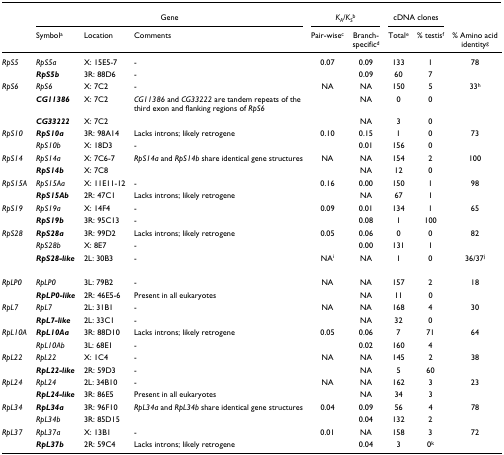
<table><thead><tr><td></td><td colspan="3"><b>Gene</b></td><td colspan="2"><b><i>K</i><sub><i>A</i></sub><i>/K</i><sub><i>S</i></sub><sup>b</sup></b></td><td colspan="2"><b>cDNA clones</b></td><td></td></tr><tr><td></td><td><b>Symbol<sup>a</sup></b></td><td><b>Location</b></td><td><b>Comments</b></td><td><b>Pair-wise<sup>c</sup></b></td><td><b>Branch-specific<sup>d</sup></b></td><td><b>Total<sup>e</sup></b></td><td><b>% testis<sup>f</sup></b></td><td><b>% Amino acid identity<sup>g</sup></b></td></tr></thead><tbody><tr><td><i>RpS5</i></td><td><i>RpS5a</i></td><td>X: 15E5-7</td><td>-</td><td>0.07</td><td>0.09</td><td>133</td><td>1</td><td>78</td></tr><tr><td></td><td><b><i>RpS5b</i></b></td><td>3R: 88D6</td><td>-</td><td></td><td>0.09</td><td>60</td><td>7</td><td></td></tr><tr><td><i>RpS6</i></td><td><i>RpS6</i></td><td>X: 7C2</td><td>-</td><td>NA</td><td>NA</td><td>150</td><td>5</td><td>33<sup>h</sup></td></tr><tr><td></td><td><b><i>CG11386</i></b></td><td>X: 7C2</td><td><i>CG11386 </i>and <i>CG33222 </i>are tandem repeats of the third exon and flanking regions of <i>RpS6</i></td><td></td><td>NA</td><td>0</td><td>0</td><td></td></tr><tr><td></td><td><b><i>CG33222</i></b></td><td>X: 7C2</td><td></td><td></td><td>NA</td><td>3</td><td>0</td><td></td></tr><tr><td><i>RpS10</i></td><td><b><i>RpS10a</i></b></td><td>3R: 98A14</td><td>Lacks introns; likely retrogene</td><td>0.10</td><td>0.15</td><td>1</td><td>0</td><td>73</td></tr><tr><td></td><td><i>RpS10b</i></td><td>X: 18D3</td><td>-</td><td></td><td>0.01</td><td>156</td><td>0</td><td></td></tr><tr><td><i>RpS14</i></td><td><i>RpS14a</i></td><td>X: 7C6-7</td><td><i>RpS14a </i>and <i>RpS14b </i>share identical gene structures</td><td>NA</td><td>NA</td><td>154</td><td>2</td><td>100</td></tr><tr><td></td><td><b><i>RpS14b</i></b></td><td>X: 7C8</td><td></td><td></td><td>NA</td><td>12</td><td>0</td><td></td></tr><tr><td><i>RpS15A</i></td><td><i>RpS15Aa</i></td><td>X: 11E11-12</td><td>-</td><td>0.16</td><td>0.00</td><td>150</td><td>1</td><td>98</td></tr><tr><td></td><td><b><i>RpS15Ab</i></b></td><td>2R: 47C1</td><td>Lacks introns; likely retrogene</td><td></td><td>NA</td><td>67</td><td>1</td><td></td></tr><tr><td><i>RpS19</i></td><td><i>RpS19a</i></td><td>X: 14F4</td><td>-</td><td>0.09</td><td>0.01</td><td>134</td><td>1</td><td>65</td></tr><tr><td></td><td><b><i>RpS19b</i></b></td><td>3R: 95C13</td><td>-</td><td></td><td>0.08</td><td>1</td><td>100</td><td></td></tr><tr><td><i>RpS28</i></td><td><b><i>RpS28a</i></b></td><td>3R: 99D2</td><td>Lacks introns; likely retrogene</td><td>0.05</td><td>0.06</td><td>0</td><td>0</td><td>82</td></tr><tr><td></td><td><i>RpS28b</i></td><td>X: 8E7</td><td>-</td><td></td><td>0.00</td><td>131</td><td>1</td><td></td></tr><tr><td></td><td><b><i>RpS28-like</i></b></td><td>2L: 30B3</td><td>-</td><td>NA<sup>i</sup></td><td>NA</td><td>1</td><td>0</td><td>36/37<sup>j</sup></td></tr><tr><td><i>RpLP0</i></td><td><i>RpLP0</i></td><td>3L: 79B2</td><td>-</td><td>NA</td><td>NA</td><td>157</td><td>2</td><td>18</td></tr><tr><td></td><td><b><i>RpLP0-like</i></b></td><td>2R: 46E5-6</td><td>Present in all eukaryotes</td><td></td><td>NA</td><td>11</td><td>0</td><td></td></tr><tr><td><i>RpL7</i></td><td><i>RpL7</i></td><td>2L: 31B1</td><td>-</td><td>NA</td><td>NA</td><td>168</td><td>4</td><td>30</td></tr><tr><td></td><td><b><i>RpL7-like</i></b></td><td>2L: 33C1</td><td>-</td><td></td><td>NA</td><td>32</td><td>0</td><td></td></tr><tr><td><i>RpL10A</i></td><td><b><i>RpL10Aa</i></b></td><td>3R: 88D10</td><td>Lacks introns; likely retrogene</td><td>0.05</td><td>0.06</td><td>7</td><td>71</td><td>64</td></tr><tr><td></td><td><i>RpL10Ab</i></td><td>3L: 68E1</td><td>-</td><td></td><td>0.02</td><td>160</td><td>4</td><td></td></tr><tr><td><i>RpL22</i></td><td><i>RpL22</i></td><td>X: 1C4</td><td>-</td><td>NA</td><td>NA</td><td>145</td><td>2</td><td>38</td></tr><tr><td></td><td><b><i>RpL22-like</i></b></td><td>2R: 59D3</td><td>-</td><td></td><td>NA</td><td>5</td><td>60</td><td></td></tr><tr><td><i>RpL24</i></td><td><i>RpL24</i></td><td>2L: 34B10</td><td>-</td><td>NA</td><td>NA</td><td>162</td><td>3</td><td>23</td></tr><tr><td></td><td><b><i>RpL24-like</i></b></td><td>3R: 86E5</td><td>Present in all eukaryotes</td><td></td><td>NA</td><td>34</td><td>3</td><td></td></tr><tr><td><i>RpL34</i></td><td><b><i>RpL34a</i></b></td><td>3R: 96F10</td><td><i>RpL34a </i>and <i>RpL34b </i>share identical gene structures</td><td>0.04</td><td>0.09</td><td>56</td><td>4</td><td>78</td></tr><tr><td></td><td><i>RpL34b</i></td><td>3R: 85D15</td><td></td><td></td><td>0.04</td><td>132</td><td>2</td><td></td></tr><tr><td><i>RpL37</i></td><td><i>RpL37a</i></td><td>X: 13B1</td><td>-</td><td>0.01</td><td>NA</td><td>158</td><td>3</td><td>72</td></tr><tr><td></td><td><b><i>RpL37b</i></b></td><td>2R: 59C4</td><td>Lacks introns; likely retrogene</td><td></td><td>0.04</td><td>3</td><td>0<sup>k</sup></td><td></td></tr></tbody></table>